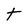
Character: t